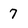
Character: 7